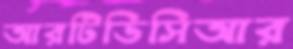
আরটিডিসিআর